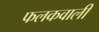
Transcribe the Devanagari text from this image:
फलकवाली